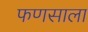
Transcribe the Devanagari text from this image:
फणसाला